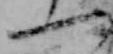
一